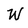
Character: W